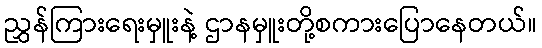
ညွှန်ကြားရေးမှူးနဲ့ ဌာနမှူးတို့စကားပြောနေတယ်။